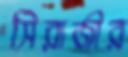
সিরাজীর